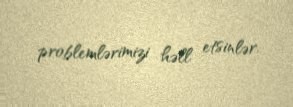
problemlərimizi həll etsinlər.